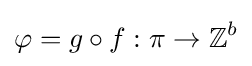
\varphi =g\circ f:\pi \to \mathbb {Z} ^{b}